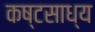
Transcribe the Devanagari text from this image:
कष्‍टसाध्‍य